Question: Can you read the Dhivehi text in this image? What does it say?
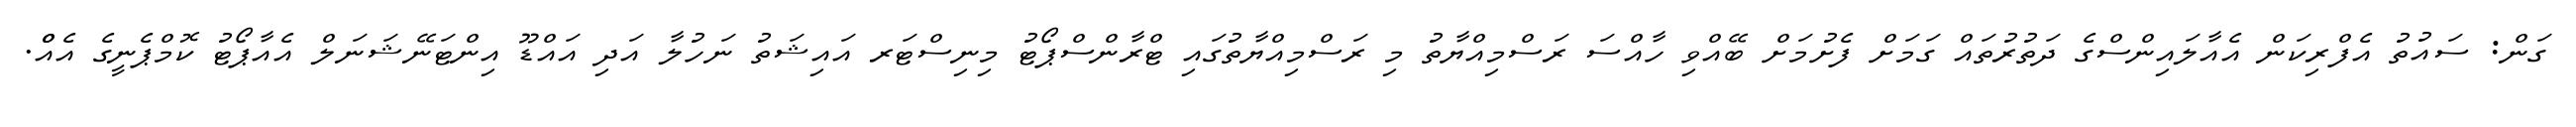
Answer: ގަން: ސައުތު އެފްރިކަން އެއާލައިންސްގެ ދަތުރުތައް ގަމަށް ފެށުމަށް ބޭއްވި ހާއްސަ ރަސްމިއްޔާތު މި ރަސްމިއްޔާތުގައި ޓްރާންސްޕޯޓު މިނިސްޓަރ އައިޝަތު ނަހުލާ އަދި އައްޑޫ އިންޓަނޭޝަނަލް އެއާޕޯޓު ކޮމްޕެނީގެ އެއްް.